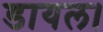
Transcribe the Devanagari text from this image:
डायल।